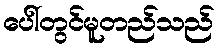
ပေါ်တွင်မူတည်သည်